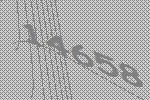
14658